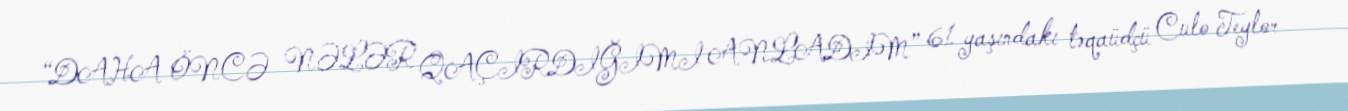
“DAHA ÖNCƏ NƏLƏR QAÇIRDIĞIMI ANLADIM” 61 yaşındakı təqaüdçü Culo Teylor